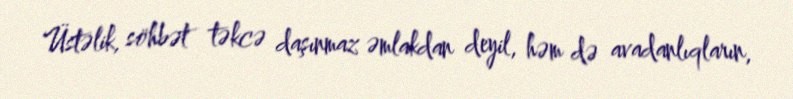
Üstəlik, söhbət təkcə daşınmaz əmlakdan deyil, həm də avadanlıqların,